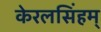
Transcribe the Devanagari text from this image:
केरलसिंहम्